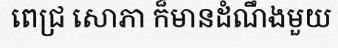
ពេជ្រ សោភា ក៏មានដំណឹងមួយ